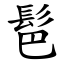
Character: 䯲